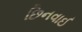
છિનવાઈ